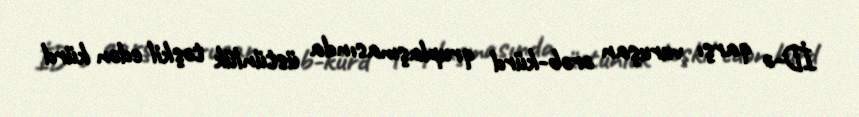
İD-ə qarşı vuruşan ərəb-kürd qruplaşmasında üstünlük təşkil edən kürd